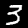
Label: 3